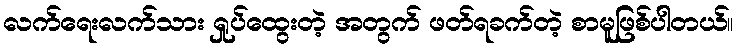
လက်ရေးလက်သား ရှုပ်ထွေးတဲ့ အတွက် ဖတ်ရခက်တဲ့ စာမူဖြစ်ပါတယ်။